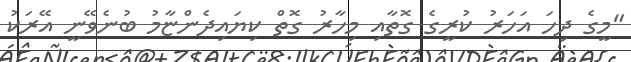
"މީގެ ދިހަ އަހަރު ކުރީގެ ގޮތާއި މިހާރު ގޮތް ކިޔައިދެންޏާމު ބުނެވޭނީ އޭރަކު